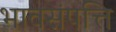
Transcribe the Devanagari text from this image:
भावसंपत्ति